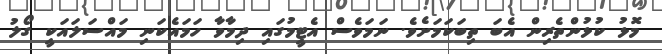
މޮޅު ކުޅުންތެރިން އެބަ ތިބަކަމަށެވެ. ނަމަވެސް އެޓީމުގައި ދިމާވާ ހަމައެކަނި މައްސަލައަކީ ގޯލު